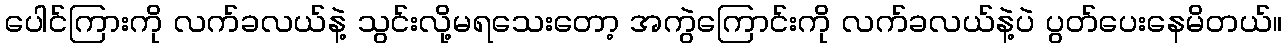
ပေါင်ကြားကို လက်ခလယ်နဲ့ သွင်းလို့မရသေးတော့ အကွဲကြောင်းကို လက်ခလယ်နဲ့ပဲ ပွတ်ပေးနေမိတယ်။